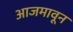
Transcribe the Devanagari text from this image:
आजमावून